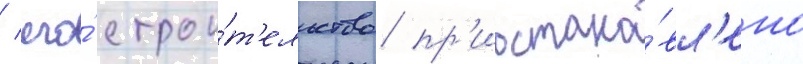
/ его́ строи́т'ельство пр'иостано́вл'ено